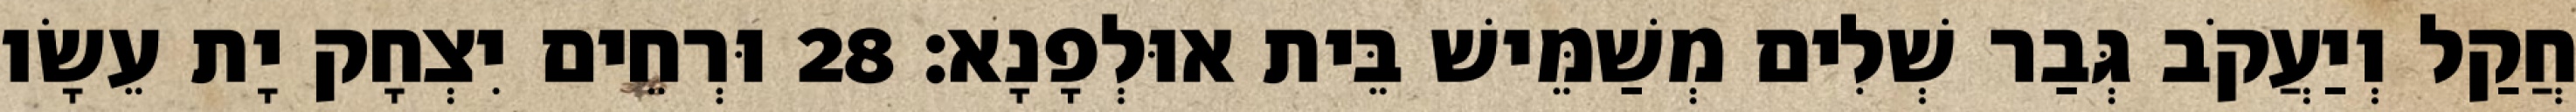
חֲקַל וְיַעֲקֹב גְּבַר שְׁלִים מְשַׁמֵּישׁ בֵּית אוּלְפָנָא׃ 28 וּרְחֵים יִצְחָק יָת עֵשָׂו